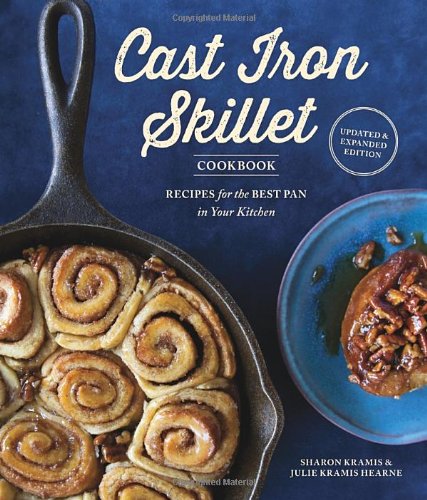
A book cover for The Cast Iron Skillet Cookbook, 2nd Edition: Recipes for the Best Pan in Your Kitchen; Sharon Kramis; Cookbooks, Food & Wine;